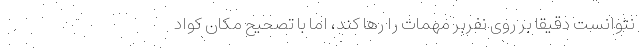
نتوانست دقیقا بر روی نفربر مهمات را رها کند، اما با تصحیح مکان کواد